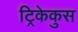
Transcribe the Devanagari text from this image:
ट्रिकेकुस